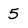
Character: 5